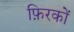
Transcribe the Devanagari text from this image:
फ़िरकों